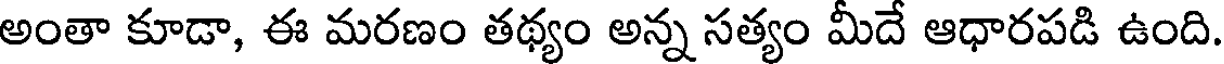
అంతా కూడా, ఈ మరణం తథ్యం అన్న సత్యం మీదే ఆధారపడి ఉంది